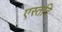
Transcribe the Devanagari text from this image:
एस्तदि